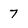
Character: 7